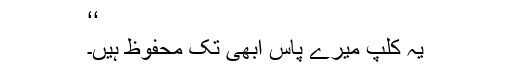
‘‘
یہ کلپ میرے پاس ابھی تک محفوظ ہیں۔